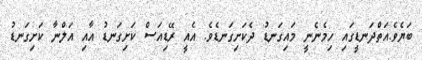
ބަޔެވެ.އަތްދަނޑީގައި ހިމެނެނީ މައިގަނޑު ދެކަށިގަނޑެވެ. އެއީ ރޭޑިއަސް ކަށިގަނޑު އާއި އަލްނާ ކަށިގަނޑު